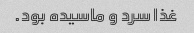
غذا سرد و ماسیده بود.